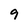
Character: 9